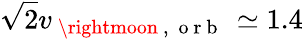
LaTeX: \sqrt 2v_{\mathrm{~\rightmoon~,~\mathrm{~o~r~b~}~}}\simeq 1.4